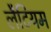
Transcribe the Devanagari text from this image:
लैटियम